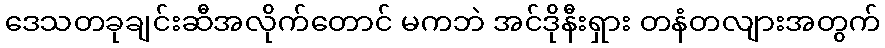
ဒေသတခုချင်းဆီအလိုက်တောင် မကဘဲ အင်ဒိုနီးရှား တနံတလျားအတွက်